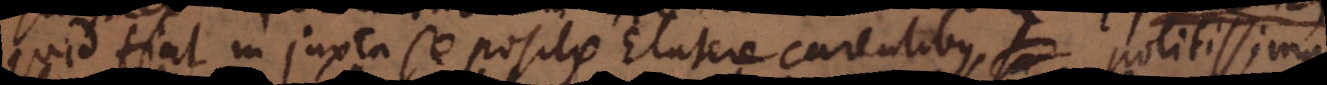
quid fiat in juxta se positis Elatere carentibus, politissima